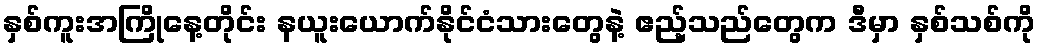
နှစ်ကူးအကြိုနေ့တိုင်း နယူးယောက်နိုင်ငံသားတွေနဲ့ ဧည့်သည်တွေက ဒီမှာ နှစ်သစ်ကို